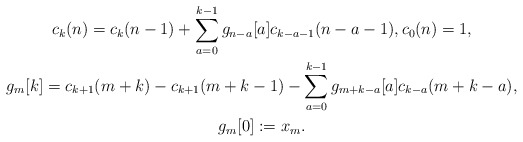
\begin{gather*}c_k(n)=c_k(n-1)+\sum_{a=0}^{k-1}g_{n-a}[a]c_{k-a-1}(n-a-1),c_0(n)=1,\\g_m[k]=c_{k+1}(m+k)-c_{k+1}(m+k-1)-\sum_{a=0}^{k-1}g_{m+k-a}[a]c_{k-a}(m+k-a), \\ g_{m}[0]:=x_m.\end{gather*}